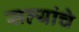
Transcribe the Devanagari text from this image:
सल्यांचे